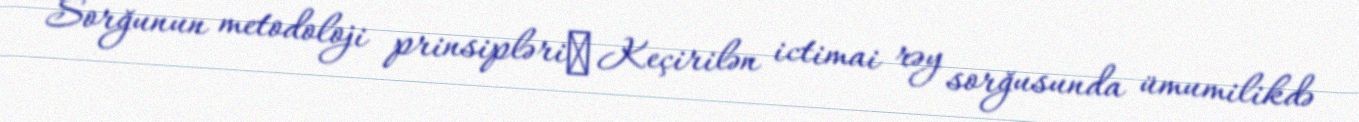
Sorğunun metodoloji prinsipləri❖ Keçirilən ictimai rəy sorğusunda ümumilikdə